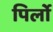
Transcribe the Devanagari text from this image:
पिर्लो